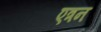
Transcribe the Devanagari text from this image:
एत्रन